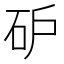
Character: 𰦩